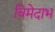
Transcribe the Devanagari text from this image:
विमेदाभ